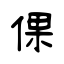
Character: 倮